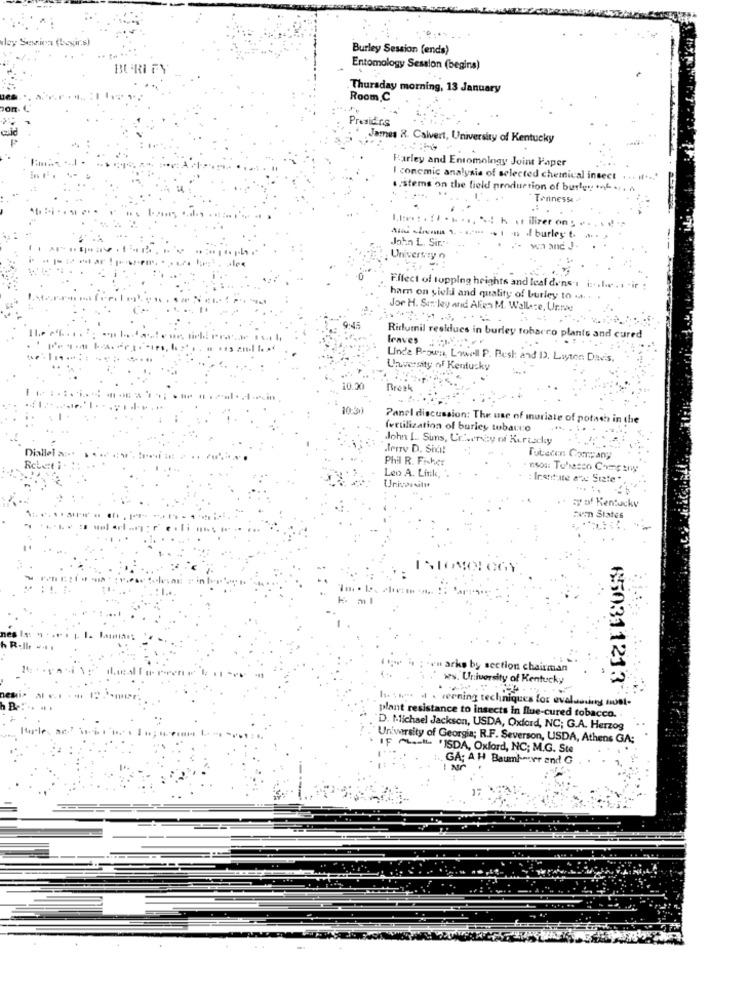
ley Seszica (bogir.s)
Burley Session (ends)
BURI FY
Entomology Session (begins)
Thursday morning, 13 January
Room .C
Presidirs
James R. Calvert, University of Kentucky
Farley and Entomology Joint Paper
I concmic analysis of selected chemical insect
.. stems on the field production of burley +f .,
Tennesse
4h , ilizer on
....
John L. Sir.
of burley
un and
Universzy n
Fifect of topping heights and leaf densi i ... he . . . ir
har on yield and quality of burley to .. .
Jor H. Sinley and Alien M. Wallace, Urne
leaves .
Ridlumil residues in burley tobacco plants and cured
Unde P-own, Lowell P. Bush and D. Layten Dav's.
Unversity of Kentucky
Break
10-3
Panel discussion: The use of muriate of potash in the
fertilization of burley tobacco
John L Suns, Uriney of Kirtady
Diallel a :- +
Jerry D. Sha!
Phil R. Fisher
Robert :.
Leo A. Link, .
Institute eva: State "
University
5y of Kentucky
Ewa States
arko by section chairman
ws. University of Kentucky
650311213
verning techniques for evaluating must
plant resistance to insects in flue-cured tobacco. .
D. Michael Jackson, USDA, Oxford, NC; G.A. Herzog
University of Georgia; R.F. Severson, USDA, Athens GA:
IF ALL 'ISDA, Oxford, NC; M.G. Ste
GA; A H Baumb mevr and G